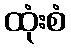
ထုံးစံ